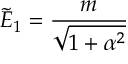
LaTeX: \widetilde E _ { 1 } = \frac { m } { \displaystyle \sqrt { 1 + \alpha ^ { 2 } } } \,